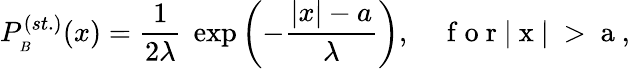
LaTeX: P_{_B}^{(st.)}(x)=\frac{1}{2\lambda}\ \exp{\left(-\frac{|x|-a}{\lambda}\right)},\quad\mathrm{~f~o~r~|~x~|~>~a~},